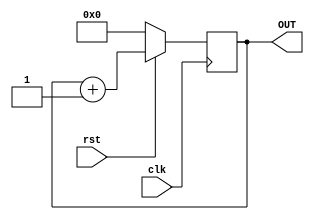
module PC(clk,OUT,rst);
	input clk,rst;
	output reg [16:0] OUT;
always @(posedge clk)
begin
 if (!rst)
	 OUT<= 17'd0;
	else
	OUT <= OUT +17'd1;
end
endmodule